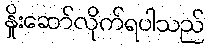
နှိုးဆော်လိုက်ရပါသည်